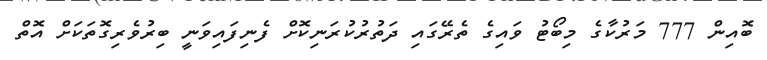
ބޮއިން 777 މަރުކާގެ މިބޯޓު ވައިގެ ތެރޭގައި ދަތުރުކުރަނިކޮށް ފެނިފައިވަނީ ބިރުވެރިގޮތަކަށް އޮތް